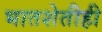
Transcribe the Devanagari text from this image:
भातशेतीही